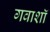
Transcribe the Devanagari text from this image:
गवाशॉ